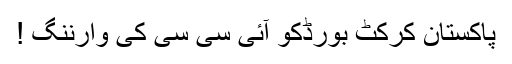
پاکستان کرکٹ بورڈکو آئی سی سی کی وارننگ !